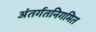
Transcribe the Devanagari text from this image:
अंतर्गतनिगमित